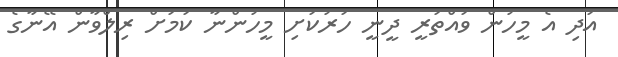
އަދި އެ މީހުން ވައްތަރީ ދީނީ ހަރުކަށި މީހުންނާ ކަމަށް ރިލްވާން އޭނާގެ